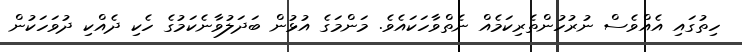
ހިތުގައި އެއްވެސް ނުރުހުންތެރިކަމެއް ނެތްވާހަކައެވެ. މަންމަގެ އުޅުން ބަދަލުވާނެކަމުގެ ހެކި ދެއްކި ދުވަހަކުން